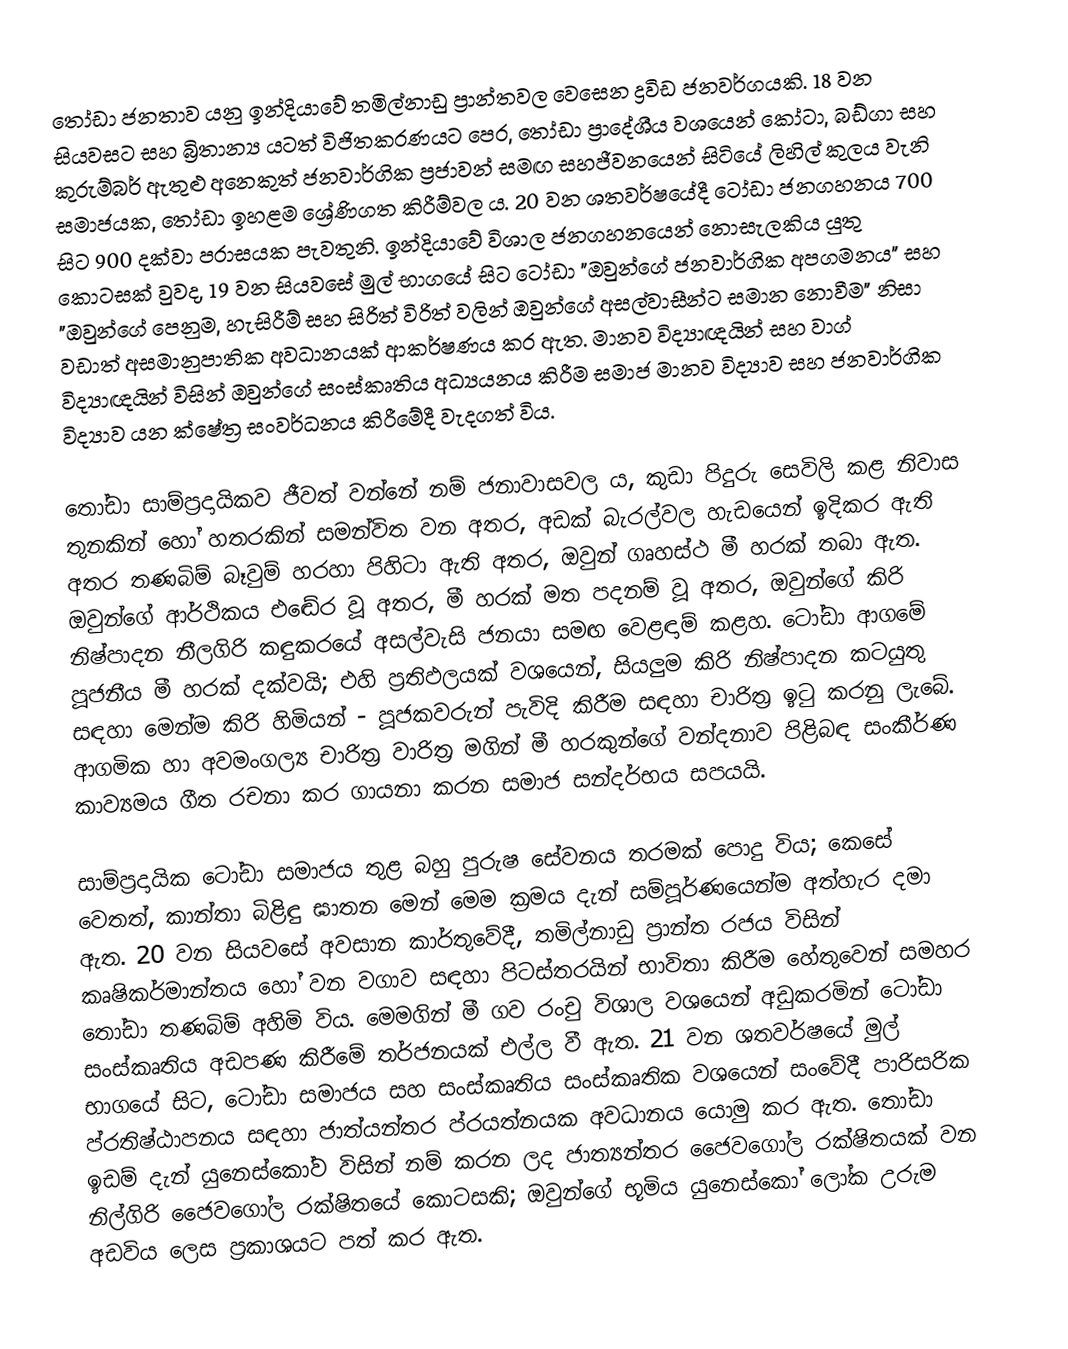
තෝඩා ජනතාව යනු ඉන්දියාවේ තමිල්නාඩු ප්‍රාන්තවල වෙසෙන ද්‍රවිඩ ජනවර්ගයකි. 18 වන සියවසට සහ බ්‍රිතාන්‍ය යටත් විජිතකරණයට පෙර, තෝඩා ප්‍රාදේශීය වශයෙන් කෝටා, බඩ්ගා සහ කුරුම්බර් ඇතුළු අනෙකුත් ජනවාර්ගික ප්‍රජාවන් සමඟ සහජීවනයෙන් සිටියේ ලිහිල් කුලය වැනි සමාජයක, තෝඩා ඉහළම ශ්‍රේණිගත කිරීම්වල ය. 20 වන ශතවර්ෂයේදී ටෝඩා ජනගහනය 700 සිට 900 දක්වා පරාසයක පැවතුනි. ඉන්දියාවේ විශාල ජනගහනයෙන් නොසැලකිය යුතු කොටසක් වුවද, 19 වන සියවසේ මුල් භාගයේ සිට ටෝඩා "ඔවුන්ගේ ජනවාර්ගික අපගමනය" සහ "ඔවුන්ගේ පෙනුම, හැසිරීම් සහ සිරිත් විරිත් වලින් ඔවුන්ගේ අසල්වාසීන්ට සමාන නොවීම" නිසා වඩාත් අසමානුපාතික අවධානයක් ආකර්ෂණය කර ඇත.  මානව විද්‍යාඥයින් සහ වාග් විද්‍යාඥයින් විසින් ඔවුන්ගේ සංස්කෘතිය අධ්‍යයනය කිරීම සමාජ මානව විද්‍යාව සහ ජනවාර්ගික විද්‍යාව යන ක්ෂේත්‍ර සංවර්ධනය කිරීමේදී වැදගත් විය.

තෝඩා සාම්ප්‍රදායිකව ජීවත් වන්නේ  නම් ජනාවාසවල ය, කුඩා පිදුරු සෙවිලි කළ නිවාස තුනකින් හෝ හතරකින් සමන්විත වන අතර, අඩක් බැරල්වල හැඩයෙන් ඉදිකර ඇති අතර තණබිම් බෑවුම් හරහා පිහිටා ඇති අතර, ඔවුන් ගෘහස්ථ මී හරක් තබා ඇත. ඔවුන්ගේ ආර්ථිකය එඬේර වූ අතර, මී හරක් මත පදනම් වූ අතර, ඔවුන්ගේ කිරි නිෂ්පාදන නීලගිරි කඳුකරයේ අසල්වැසි ජනයා සමඟ වෙළඳාම් කළහ. ටෝඩා ආගමේ පූජනීය මී හරක් දක්වයි; එහි ප්‍රතිඵලයක් වශයෙන්, සියලුම කිරි නිෂ්පාදන කටයුතු සඳහා මෙන්ම කිරි හිමියන් - පූජකවරුන් පැවිදි කිරීම සඳහා චාරිත්‍ර ඉටු කරනු ලැබේ. ආගමික හා අවමංගල්‍ය චාරිත්‍ර වාරිත්‍ර මගින් මී හරකුන්ගේ වන්දනාව පිළිබඳ සංකීර්ණ කාව්‍යමය ගීත රචනා කර ගායනා කරන සමාජ සන්දර්භය සපයයි.

සාම්ප්‍රදායික ටෝඩා සමාජය තුළ බහු පුරුෂ සේවනය තරමක් පොදු විය; කෙසේ වෙතත්, කාන්තා බිළිඳු ඝාතන මෙන් මෙම ක්‍රමය දැන් සම්පූර්ණයෙන්ම අත්හැර දමා ඇත. 20 වන සියවසේ අවසාන කාර්තුවේදී, තමිල්නාඩු ප්‍රාන්ත රජය විසින් කෘෂිකර්මාන්තය  හෝ වන වගාව සඳහා පිටස්තරයින් භාවිතා කිරීම හේතුවෙන් සමහර තෝඩා තණබිම් අහිමි විය. මෙමගින් මී ගව රංචු විශාල වශයෙන් අඩුකරමින් ටෝඩා සංස්කෘතිය අඩපණ කිරීමේ තර්ජනයක් එල්ල වී ඇත. 21 වන ශතවර්ෂයේ මුල් භාගයේ සිට, ටෝඩා සමාජය සහ සංස්කෘතිය සංස්කෘතික වශයෙන් සංවේදී පාරිසරික ප්රතිෂ්ඨාපනය සඳහා ජාත්යන්තර ප්රයත්නයක අවධානය යොමු කර ඇත.  තෝඩා ඉඩම් දැන් යුනෙස්කෝව විසින් නම් කරන ලද ජාත්‍යන්තර ජෛවගෝල රක්ෂිතයක් වන නිල්ගිරි ජෛවගෝල රක්ෂිතයේ කොටසකි; ඔවුන්ගේ භූමිය යුනෙස්කෝ ලෝක උරුම අඩවිය ලෙස ප්‍රකාශයට පත් කර ඇත.